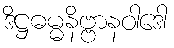
ဒိဋ္ဌဓမ္မနိဗ္ဗာနဝါဒေါ